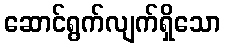
ဆောင်ရွက်လျက်ရှိသော